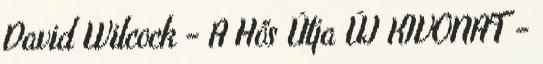
David Wilcock - A Hős Útja ÚJ KIVONAT -